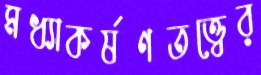
মধ্যাকর্ষণতত্ত্বের